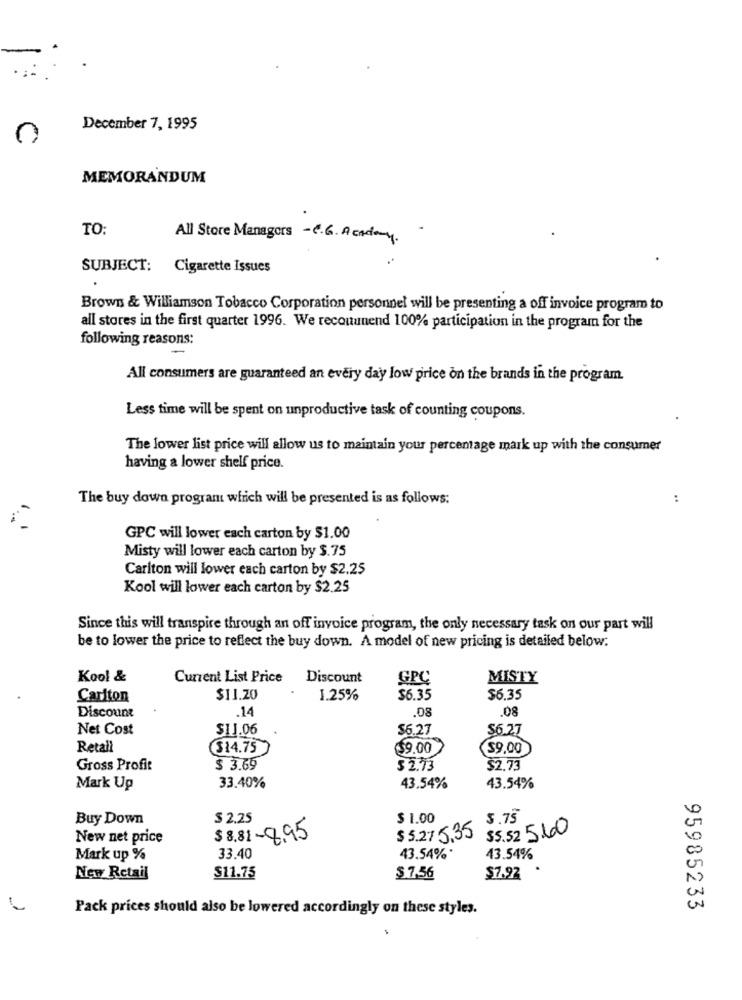
December 7, 1995
MEMORANDUM
TO:
All Store Managers -C.G. Academy
SUBJECT: Cigarette Issues
Brown & Williamson Tobacco Corporation personnel will be presenting a off invoice program to
all stores in the first quarter 1996. We recouunend 100% participation in the program for the
following reasons:
All consumers are guaranteed an every day low price on the brands in the program.
Less time will be spent on unproductive task of counting coupons.
The lower list price will allow us to maintain your percentage mark up with the consumer
having a lower shelf price.
The buy down program which will be presented is as follows:
:
GPC will lower each carton by $1.00
Misty will lower each carton by $.75
Carlton will lower each carton by $2.25
Kool will lower each carton by $2.25
Since this will transpire through an off invoice program, the only necessary task on our part will
be to lower the price to reflect the buy down. A model of new pricing is detailed below:
Kool &
Current List Price
Discount
GPC
MISTY
Carlton
$11.20
1.25%
$6.35
$6.35
.14
.08
.08
Discount
Net Cost
$11.06
$6.27
$6.27
Retail
$14.75
$9,00
$9,00
Gross Profit
$ 3.69
$ 2.73
$2.73
33.40%
Mark Up
43.54%
43.54%
Buy Down
$ 2.25
$ 1.00
5.75
$5.52 5.000
New net price
$8.81-8.95
$ 5.275.35
Mark up %
33.40
43.54%*
43.54%
New Retail
$11.75
$ 7,56
$7.92
Pack prices should also be lowered accordingly on these styles.
95985233